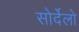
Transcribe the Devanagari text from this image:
सोर्देलो